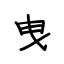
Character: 曳